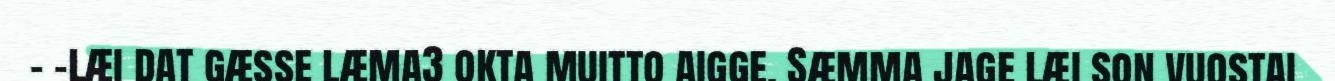
– –læi dat gæsse læma3 okta muitto aigge. Sæmma jage læi son vuostai